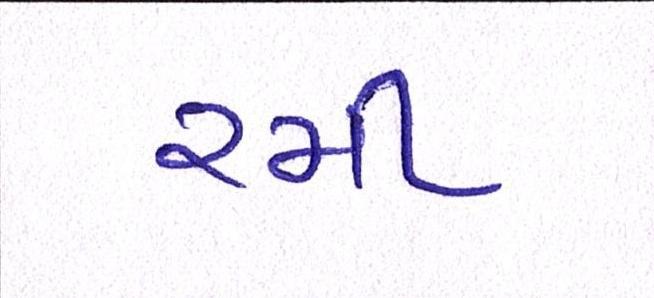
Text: રમી